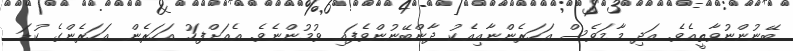
ބޭނުންނުވާތީއެވެ. އަދި މާމަވެސް އަހަރެންނާއިއެކު ދާންބޭނުންވެފައި ވުމުންނެވެ. އެއަށްފަހު އަހަރެން އަހަރެންގެ ކުޑަ